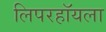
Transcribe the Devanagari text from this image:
लिपरहॉयला